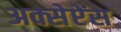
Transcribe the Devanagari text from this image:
अक्सेप्टेंस